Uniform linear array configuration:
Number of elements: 16
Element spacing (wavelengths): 0.5
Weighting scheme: kaiser
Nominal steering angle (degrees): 0
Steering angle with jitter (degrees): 1.701
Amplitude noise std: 0.05
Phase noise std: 0.05

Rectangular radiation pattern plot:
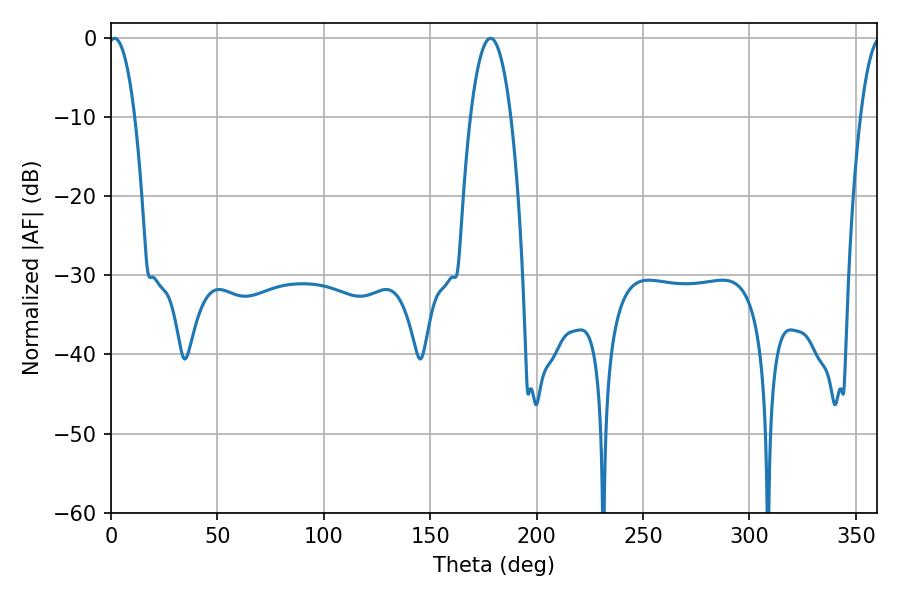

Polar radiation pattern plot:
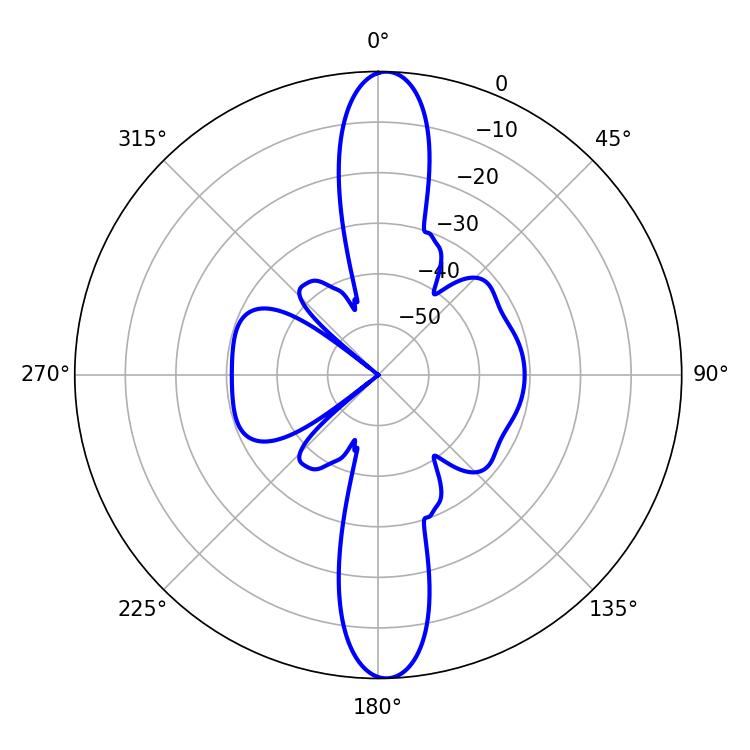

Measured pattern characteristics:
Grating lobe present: FALSE
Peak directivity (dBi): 22.411
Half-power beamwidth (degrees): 7.02
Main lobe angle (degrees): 1.62